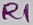
Text: R1